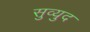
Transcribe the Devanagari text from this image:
सुव्युद